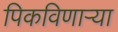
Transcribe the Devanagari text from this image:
पिकविणार्‍या